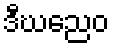
ဒီဃညေဝ